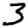
Digit: 3